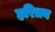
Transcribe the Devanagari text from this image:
हरित्रय